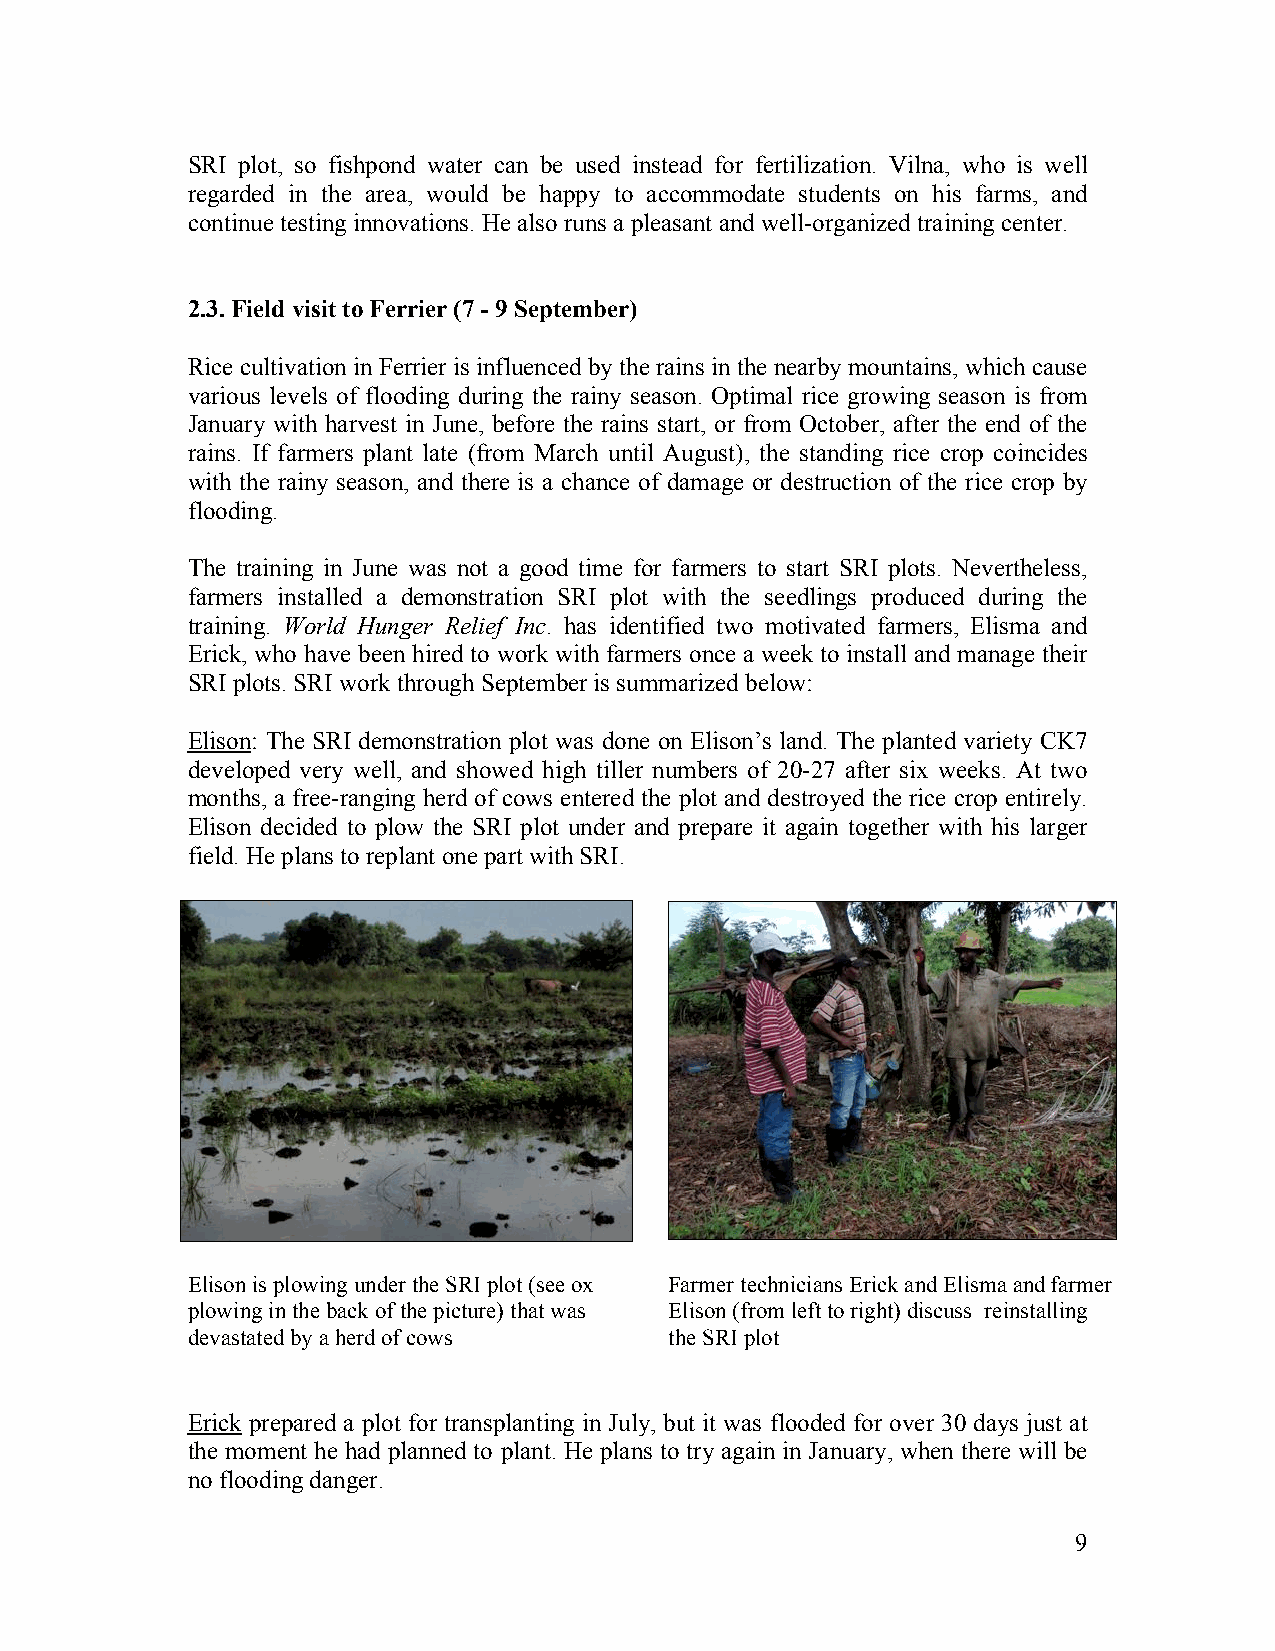
SRI plot, so fishpond water can be used instead for fertilization. Vilna, who is well
 regarded in the area, would be happy to accommodate students on his farms, and
 continue testing innovations. He also runs a pleasant and well-organized training center.
 2.3. Field visit to Ferrier (7 - 9 September)
 Rice cultivation in Ferrier is influenced by the rains in the nearby mountains, which cause
 various levels of flooding during the rainy season. Optimal rice growing season is from
 January with harvest in June, before the rains start, or from October, after the end of the
 rains. If farmers plant late (from March until August), the standing rice crop coincides
 with the rainy season, and there is a chance of damage or destruction of the rice crop by
 flooding.
 The training in June was not a good time for farmers to start SRI plots. Nevertheless,
 farmers installed a demonstration SRI plot with the seedlings produced during the
 training. World Hunger Relief Inc. has identified two motivated farmers, Elisma and
 Erick, who have been hired to work with farmers once a week to install and manage their
 SRI plots. SRI work through September is summarized below:
 Elison: The SRI demonstration plot was done on Elison’s land. The planted variety CK7
 developed very well, and showed high tiller numbers of 20-27 after six weeks. At two
 months, a free-ranging herd of cows entered the plot and destroyed the rice crop entirely.
 Elison decided to plow the SRI plot under and prepare it again together with his larger
 field. He plans to replant one part with SRI.
 Elison is plowing under the SRI plot (see ox Farmer technicians Erick and Elisma and farmer
 plowing in the back of the picture) that was Elison (from left to right) discuss reinstalling
 devastated by a herd of cows    the SRI plot
 Erick prepared a plot for transplanting in July, but it was flooded for over 30 days just at
 the moment he had planned to plant. He plans to try again in January, when there will be
 no flooding danger.
 9